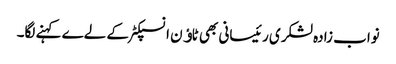
نواب زادہ لشکری رئیسانی بھی ٹاﺅن انسپکٹر کے لےے کہنے لگا۔